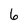
Character: 6